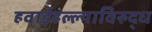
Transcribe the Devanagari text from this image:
हवाईहल्ल्याविरुद्ध